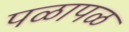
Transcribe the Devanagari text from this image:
पळापळ